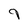
Character: 9